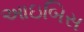
આઇબિસ